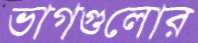
ভাগগুলোর